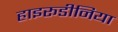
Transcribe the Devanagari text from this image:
हाइरूडीनिया